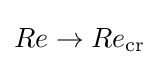
Re\rightarrow Re_{\mathrm {cr} }